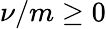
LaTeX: \nu/m\ge 0